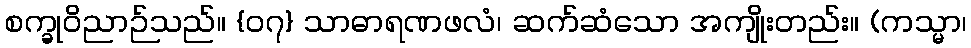
စက္ခုဝိညာဉ်သည်။ {၀၇} သာဓာရဏဖလံ၊ ဆက်ဆံသော အကျိုးတည်း။ (ကသ္မာ၊